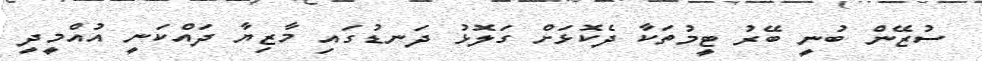
ސުޒޭން ބުނީ ބޭރު ޓީމުތަކާ ދެކޮޅަށް ގަލޮޅު ދަނޑުގައި މާޒިޔާ ދައްކަނީ އުއްމީދީ